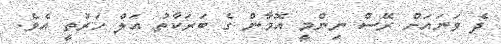
ދެ ވަނައަށް ރޭސް ނިންމީ އޮމާން ގެ ބަރަކާތު އަލް ހަރުތީ އެވެ.